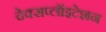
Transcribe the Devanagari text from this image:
देक्सप्लॉइटेशन